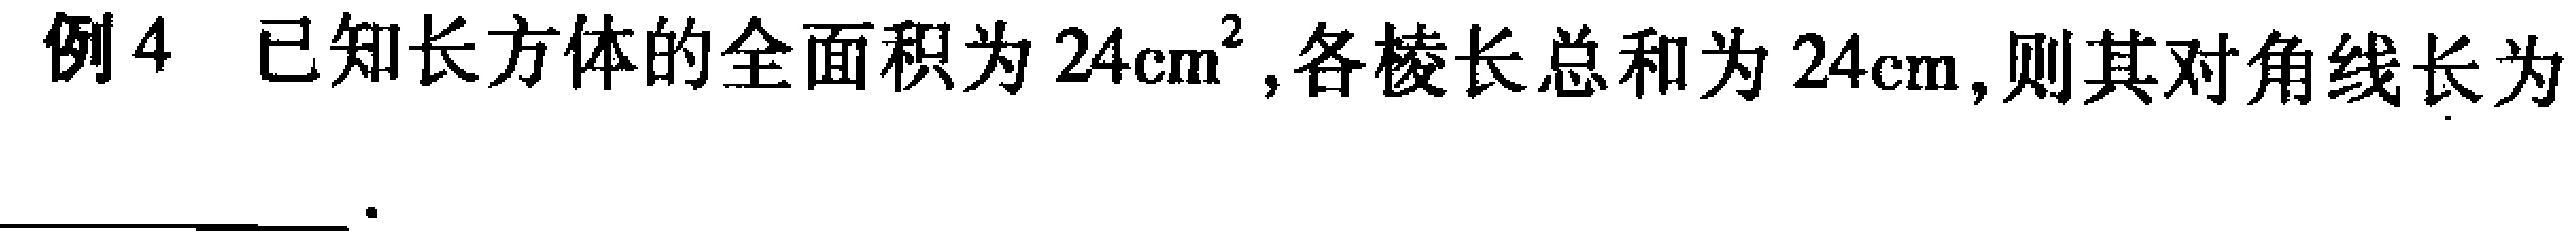
例4 已知长方体的全面积为\(24\mathrm{cm}^{2}\),各棱长总和为\(24\mathrm{cm}\),则其对角线长为  ________ 。